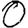
Digit: 0